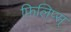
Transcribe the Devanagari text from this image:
फिलिप्स्